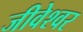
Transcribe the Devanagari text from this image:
जीवेश्वर